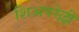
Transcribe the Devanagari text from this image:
शिअपरेल्ली